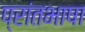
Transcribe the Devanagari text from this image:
प्रांतभाषा